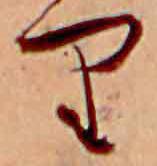
り